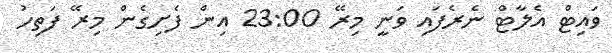
ވައިޓް އެލާޓް ނެރެފައި ވަނީ މިރޭ 23:00 އިން ފެށިގެން މިރޭ ފަތިހު